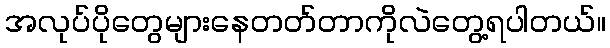
အလုပ်ပိုတွေများနေတတ်တာကိုလဲတွေ့ရပါတယ်။